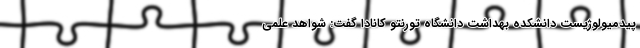
پیدمیولوژیست دانشکده بهداشت دانشگاه تورنتو کانادا گفت: شواهد علمی